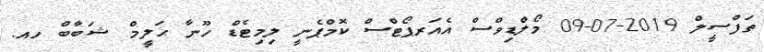
ތަފްސީލް 2019-07-09 މޯލްޑިވްސް އެއަރޕޯޓްސް ކޮމްޕެނީ ލިމިޓެޑް ހޫނާ ޙަލީމް ޝަބާބް ހއ.